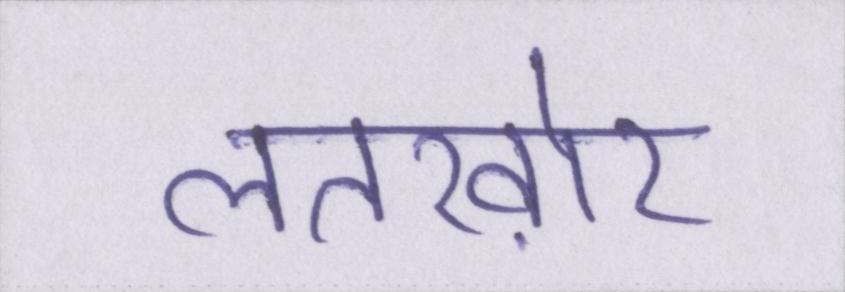
लतख़ोर